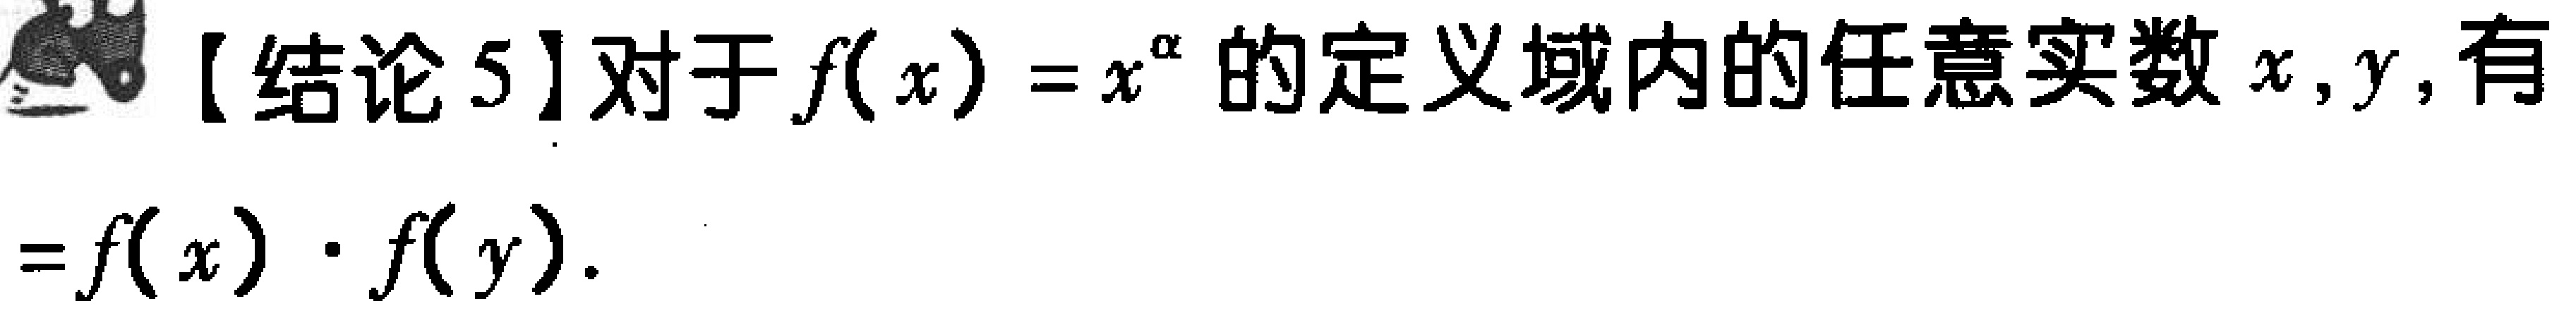
【结论 5】对于 \(f(x)=x^{\alpha}\) 的定义域内的任意实数 \(x,y\)，有

\(=f(x)\cdot f(y)\)